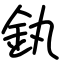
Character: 釻